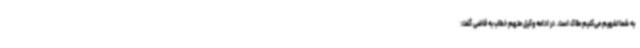
به شما تفهیم می‌کنیم ملاک است. در ادامه وکیل متهم خطاب به قاضی گفت: